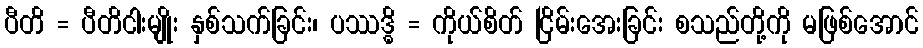
ပီတိ = ပီတိငါးမျိုး နှစ်သက်ခြင်း၊ ပဿဒ္ဓိ = ကိုယ်စိတ် ငြိမ်းအေးခြင်း စသည်တို့ကို မဖြစ်အောင်